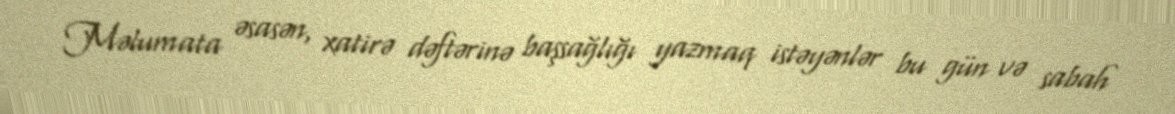
Məlumata əsasən, xatirə dəftərinə başsağlığı yazmaq istəyənlər bu gün və sabah